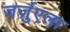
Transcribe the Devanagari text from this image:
जर्ज़ुएला